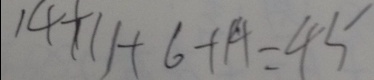
1 4 + 1 1 + 6 + 1 4 = 4 5